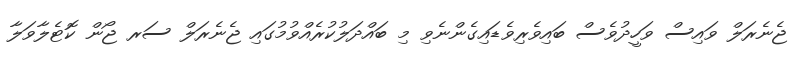
ޖެނެރަލް ވައިސް ވަހީދުވެސް ބައިވެރިވެޑައިގެންނެވި މި ބައްދަލުކުރެއްވުމުގައި ޖެނެރަލް ސަރ ޖޯން ކޮޓެލާވަލާ